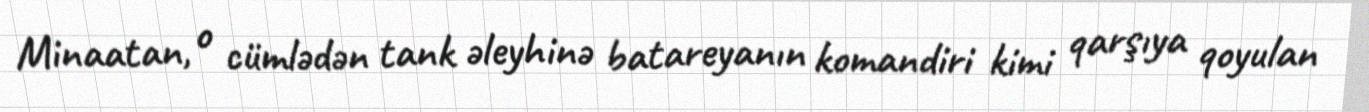
Minaatan, o cümlədən tank əleyhinə batareyanın komandiri kimi qarşıya qoyulan